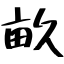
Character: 畝